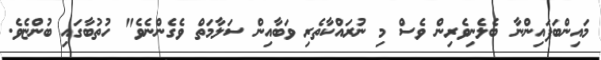
މައިންބަފައިންނާ ބެލެނިވެރިން ވެސް މި ނުރައްކާތެރި ވަބާއިން ސަލާމަތް ވެގެންނެވެ" ހުތުބާގައި ބުންޏެވެ.